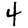
Digit: 4